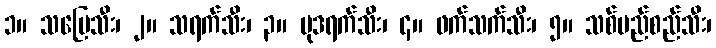
၁။ သပြေသီး၊ ၂။ သရက်သီး၊ ၃။ မုဒရက်သီး၊ ၄။ ဖက်သက်သီး၊ ၅။ သစ်မည်စည်သီး၊